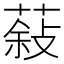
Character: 𮐮